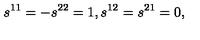
s ^ { 1 1 } = - s ^ { 2 2 } = 1 , s ^ { 1 2 } = s ^ { 2 1 } = 0 ,